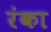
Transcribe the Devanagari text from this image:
रंका